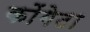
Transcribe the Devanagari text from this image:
कोंगेटा